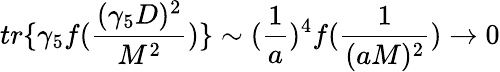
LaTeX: tr\{ \gamma_{5}f(\frac{(\gamma_{5}D)^{2}}{M^{2}})\} \sim(\frac{1}{a})^{4}f(\frac{1}{(aM)^{2}})\rightarrow 0